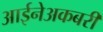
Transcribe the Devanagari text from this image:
आईनेअकबरी